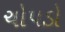
ચોપડો